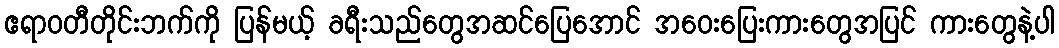
ဧရာဝတီတိုင်းဘက်ကို ပြန်မယ့် ခရီးသည်တွေအဆင်ပြေအောင် အဝေးပြေးကားတွေအပြင် ကားတွေနဲ့ပါ